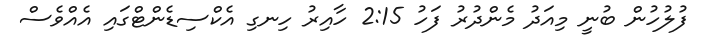
ފުލުހުން ބުނީ މިއަދު މެންދުރު ފަހު 2:15 ހާއިރު ހިނގި އެކްސިޑެންޓްގައި އެއްވެސް